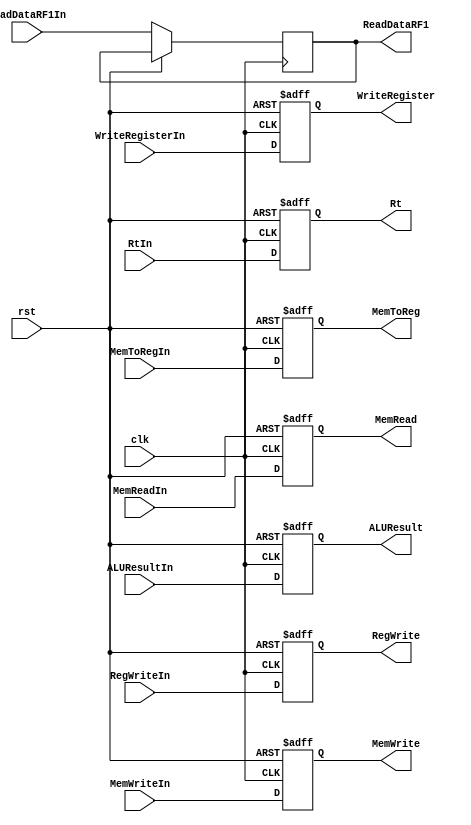
`timescale 1ns / 1ns

module EX2MEM(clk, rst, ALUResultIn, WriteRegisterIn, ReadDataRF1In, RegWriteIn, MemReadIn, MemWriteIn, MemToRegIn, RtIn,
                        ALUResult,   WriteRegister,   ReadDataRF1,   RegWrite,   MemRead,   MemWrite,   MemToReg, Rt);

    input clk, rst, RegWriteIn, MemReadIn, MemWriteIn, MemToRegIn;
    input [31:0] ALUResultIn, ReadDataRF1In;
    input [4:0]  WriteRegisterIn, RtIn;

    output reg RegWrite, MemRead, MemWrite, MemToReg;
    output reg [31:0] ALUResult, ReadDataRF1;
    output reg [4:0]  WriteRegister, Rt;

    always @ (posedge clk, posedge rst) begin
        if (rst) begin
            {RegWrite, MemRead, MemWrite, MemToReg, ALUResult, WriteRegister, Rt} = 0;
        end
        else begin
            RegWrite <= RegWriteIn;
            MemRead <= MemReadIn;
            MemWrite <= MemWriteIn;
            MemToReg <= MemToRegIn;
            ReadDataRF1 <= ReadDataRF1In;
            Rt <= RtIn;

            ALUResult <= ALUResultIn;

            WriteRegister <= WriteRegisterIn;

        end
    end
endmodule